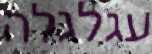
עגלגלה